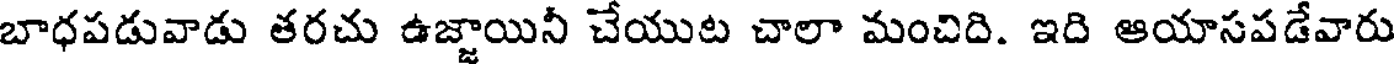
బాధపడువాడు తరచు ఉజ్జాయినీ చేయుట చాలా మంచిది. ఇది ఆయాసపడేవారు